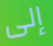
إلى